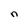
Character: n